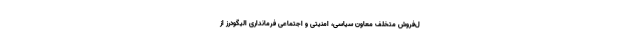
ل‌فروش متخلف معاون سیاسی، امنیتی و اجتماعی فرمانداری الیگودرز از